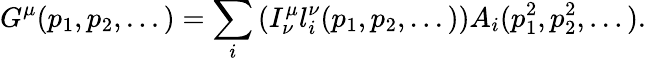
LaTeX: G^{\mu}(p_{1},p_{2},...)=\sum_{i}\left(I_{\nu}^{\mu}l_{i}^{\nu}(p_{1},p_{2},...)\right)A_{i}(p_{1}^{2},p_{2}^{2},...).